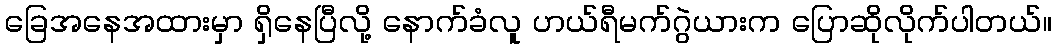
ခြေအနေအထားမှာ ရှိနေပြီလို့ နောက်ခံလူ ဟယ်ရီမက်ဂွဲယားက ပြောဆိုလိုက်ပါတယ်။